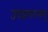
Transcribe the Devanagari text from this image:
उपवनगमण्